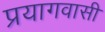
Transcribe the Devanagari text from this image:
प्रयागवासी